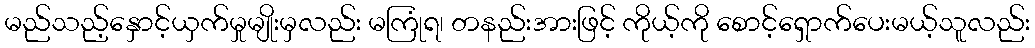
မည်သည့်နှောင့်ယှက်မှုမျိုးမှလည်း မကြုံရ၊ တနည်းအားဖြင့် ကိုယ့်ကို စောင့်ရှောက်ပေးမယ့်သူလည်း